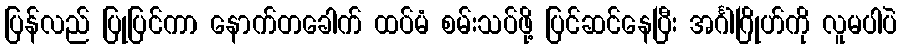
ပြန်လည် ပြုပြင်ကာ နောက်တခေါက် ထပ်မံ စမ်းသပ်ဖို့ ပြင်ဆင်နေပြီး အင်္ဂါဂြိုဟ်ကို လူမပါပဲ